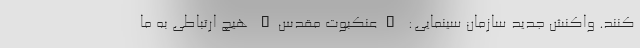
کنند. واکنش جدید سازمان سینمایی: "عنکبوت مقدس" هیچ ارتباطی به ما